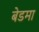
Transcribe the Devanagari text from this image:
बेडमा